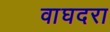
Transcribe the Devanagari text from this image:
वाघदरा